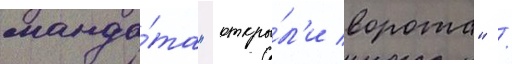
манда́та "откры́л'и ворота" /